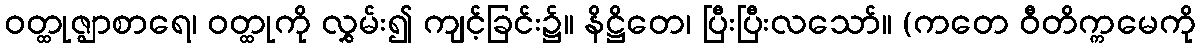
ဝတ္ထုဇ္ဈာစာရေ၊ ဝတ္ထုကို လွှမ်း၍ ကျင့်ခြင်း၌။ နိဋ္ဌိတေ၊ ပြီးပြီးလသော်။ (ကတေ ဝီတိက္ကမေကို